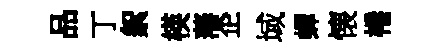
品丁絮楧藩企域蟬懐棬